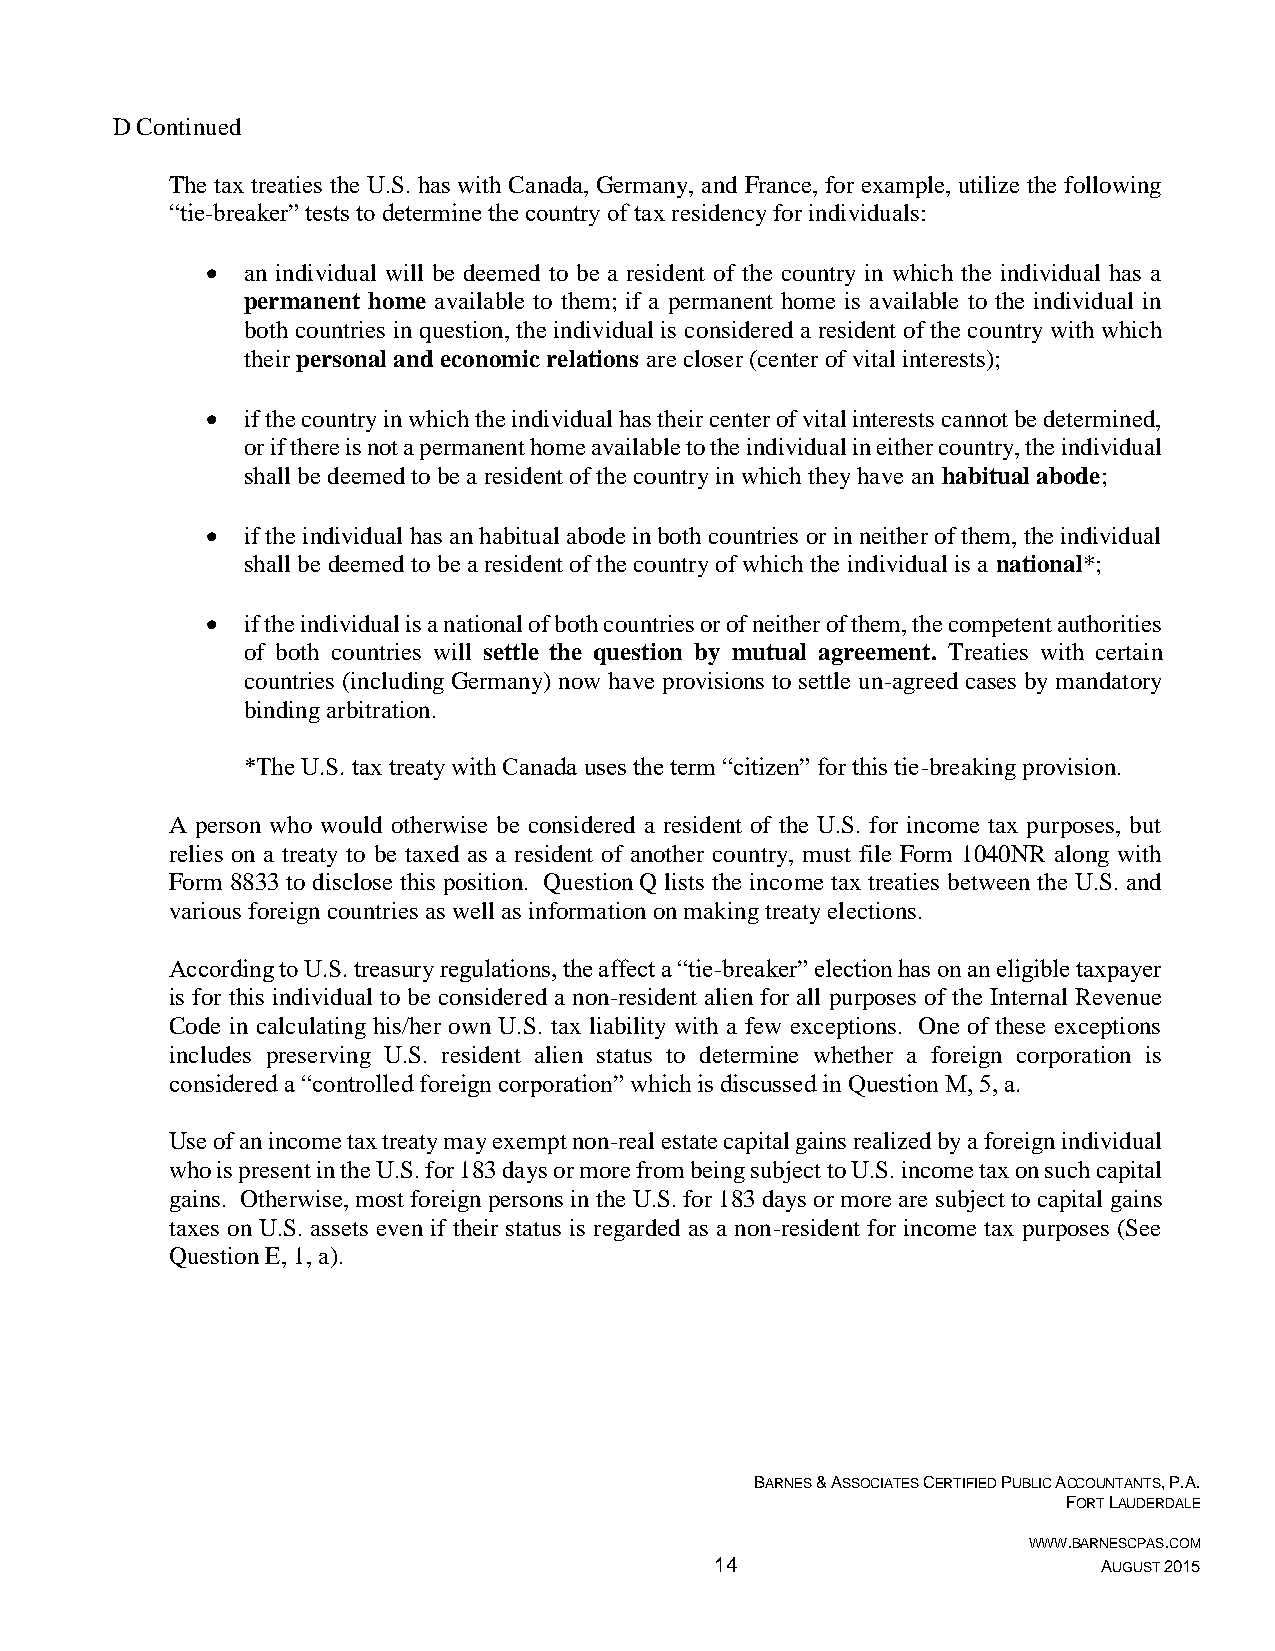
D Continued
 The tax treaties the U.S. has with Canada, Germany, and France, for example, utilize the following
 “tie-breaker” tests to determine the country of tax residency for individuals:
  an individual will be deemed to be a resident of the country in which the individual has a
 permanent home available to them; if a permanent home is available to the individual in
 both countries in question, the individual is considered a resident of the country with which
 their personal and economic relations are closer (center of vital interests);
  if the country in which the individual has their center of vital interests cannot be determined,
 or if there is not a permanent home available to the individual in either country, the individual
 shall be deemed to be a resident of the country in which they have an habitual abode;
  if the individual has an habitual abode in both countries or in neither of them, the individual
 shall be deemed to be a resident of the country of which the individual is a national*;
  if the individual is a national of both countries or of neither of them, the competent authorities
 of both countries will settle the question by mutual agreement. Treaties with certain
 countries (including Germany) now have provisions to settle un-agreed cases by mandatory
 binding arbitration.
 *The U.S. tax treaty with Canada uses the term “citizen” for this tie-breaking provision.
 A person who would otherwise be considered a resident of the U.S. for income tax purposes, but
 relies on a treaty to be taxed as a resident of another country, must file Form 1040NR along with
 Form 8833 to disclose this position. Question Q lists the income tax treaties between the U.S. and
 various foreign countries as well as information on making treaty elections.
 According to U.S. treasury regulations, the affect a “tie-breaker” election has on an eligible taxpayer
 is for this individual to be considered a non-resident alien for all purposes of the Internal Revenue
 Code in calculating his/her own U.S. tax liability with a few exceptions. One of these exceptions
 includes preserving U.S. resident alien status to determine whether a foreign corporation is
 considered a “controlled foreign corporation” which is discussed in Question M, 5, a.
 Use of an income tax treaty may exempt non-real estate capital gains realized by a foreign individual
 who is present in the U.S. for 183 days or more from being subject to U.S. income tax on such capital
 gains. Otherwise, most foreign persons in the U.S. for 183 days or more are subject to capital gains
 taxes on U.S. assets even if their status is regarded as a non-resident for income tax purposes (See
 Question E, 1, a).
 BARNES & ASSOCIATES CERTIFIED PUBLIC ACCOUNTANTS, P.A.
 FORT LAUDERDALE
 WWW.BARNESCPAS.COM
 14                        AUGUST 2015